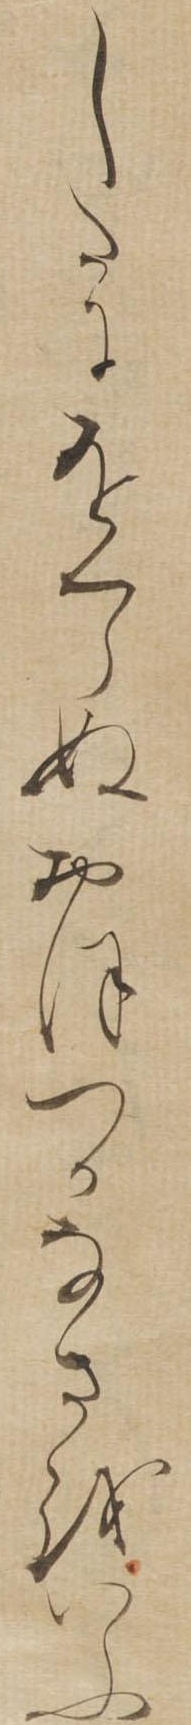
したにをくらぬおほつかなさをいふ